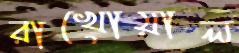
রাখোয়াল